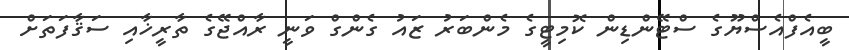
ބީއެފްއެސްޔޫގެ ސްޓޭންޑިން ކޮމިޓީގެ މެންބަރު ޒައު ގެންގް ވަނީ ރާއްޖޭގެ ތާރީޚާއި ސަޤާފަތަށް